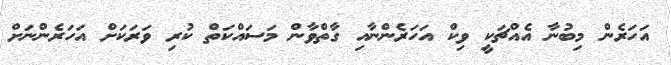
އަހަރެން މިބުނާ އެއްޗަކީ ވިކް އަހަރެންނާއި ގާތްވާން މަސައްކަތް ކުރި ވަރަކަށް އަހަރެންނަށް